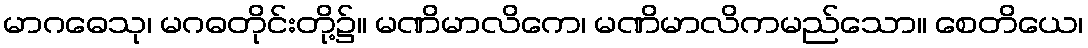
မာဂဓေသု၊ မဂဓတိုင်းတို့၌။ မဏိမာလိကေ၊ မဏိမာလိကမည်သော။ စေတိယေ၊